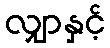
လျှာနှင့်